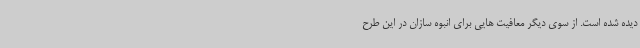
دیده شده است. از سوی دیگر معافیت هایی برای انبوه سازان در این طرح